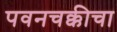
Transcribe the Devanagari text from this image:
पवनचक्कीचा